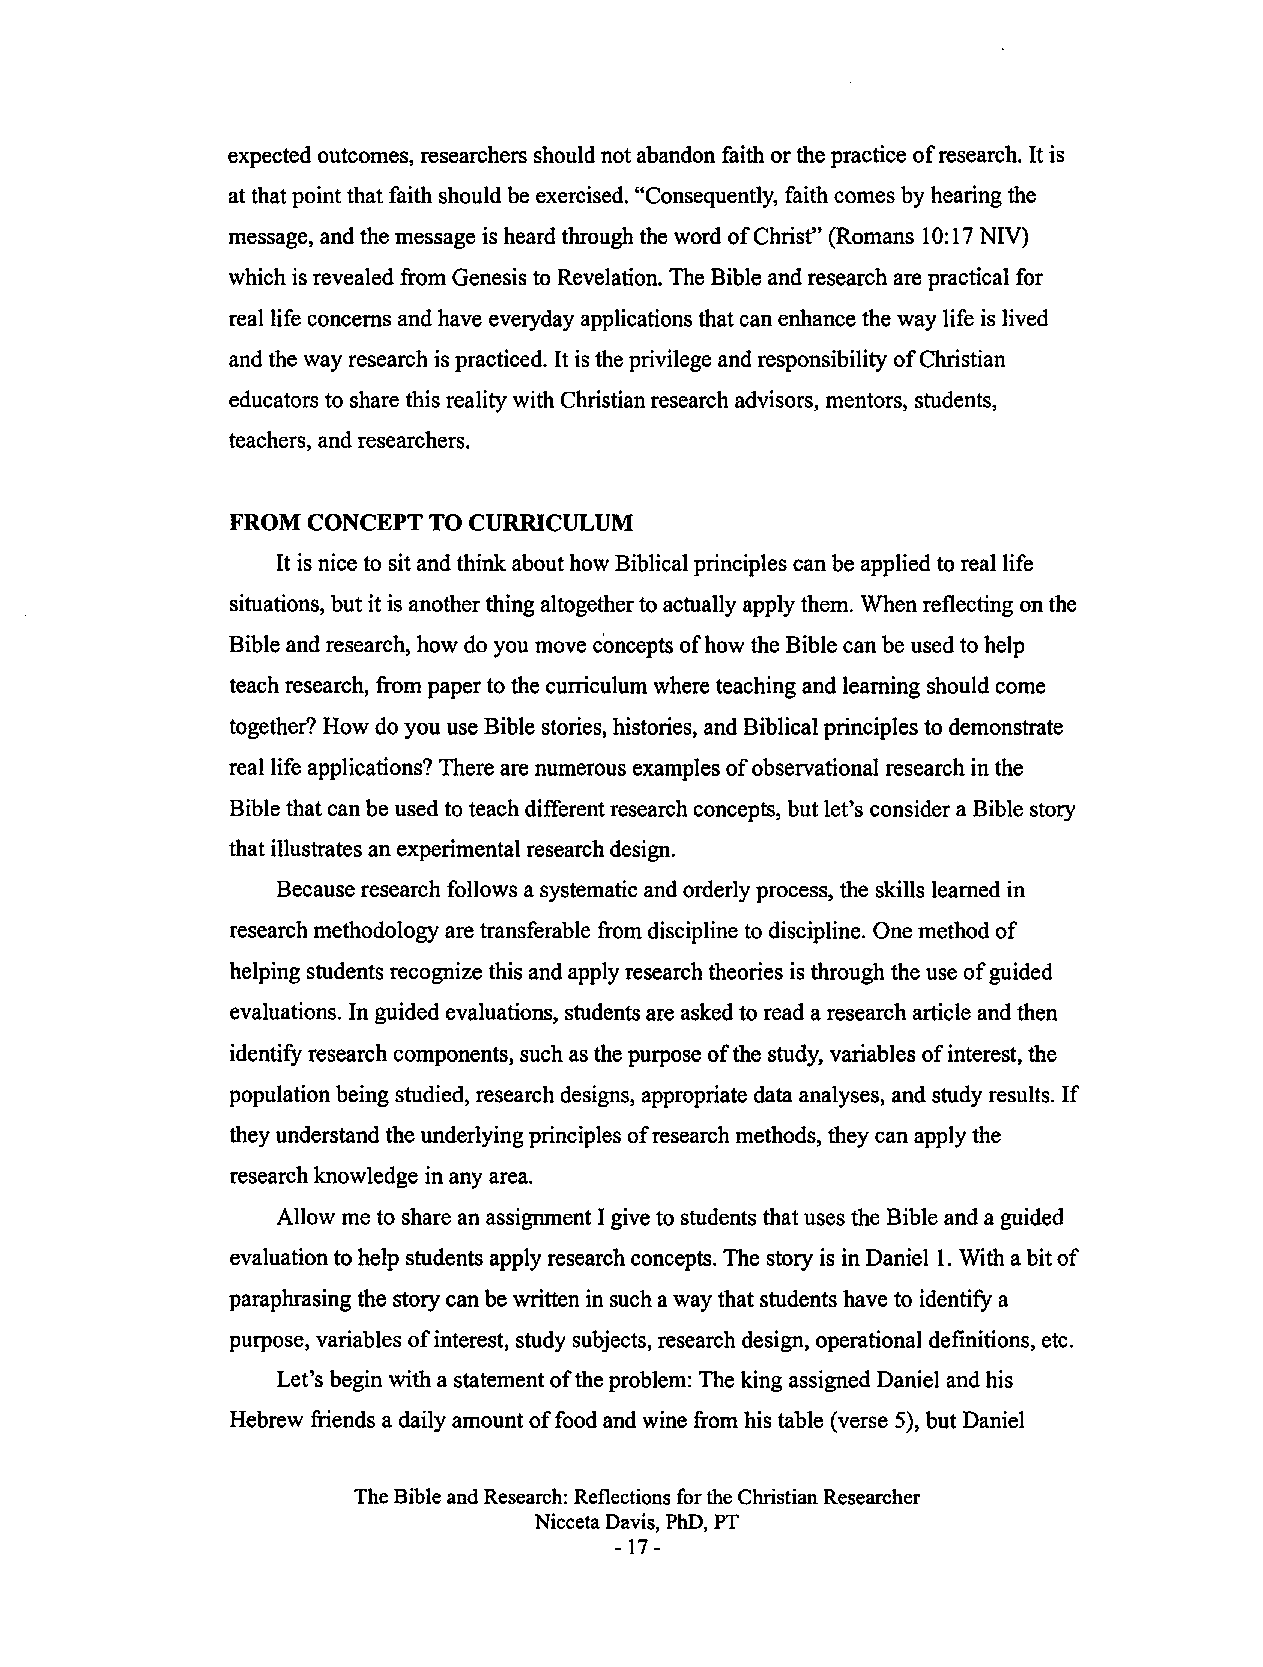
expected outcomes, researchers should not abandon faith or the practice of research. It is
 at that point that faith should be exercised. "Consequently, faith comes by hearing the
 message, and the message is heard through the word of Christ" (Romans 10: 17 NIV)
 which is revealed from Genesis to Revelation. The Bible and research are practical for
 real life concerns and have everyday applications that can enhance the way life is lived
 and the way research is practiced. It is the privilege and responsibility of Christian
 educators to share this reality with Christian research advisors, mentors, students,
 teachers, and researchers.
 FROM  CONCEPT TO CURRICULUM
 It is nice to sit and think about how Biblical principles can be applied to real life
 situations, but it is another thing altogether to actually apply them. When reflecting on the
 Bible and research, how do you move concepts of how the Bible can be used to help
 teach research, from paper to the curriculum where teaching and learning should come
 together? How do you use Bible stories, histories, and Biblical principles to demonstrate
 real life applications? There are numerous examples of observational research in the
 Bible that can be used to teach different research concepts, but let's consider a Bible story
 that illustrates an experimental research design.
 Because research follows a systematic and orderly process, the skills learned in
 research methodology are transferable from discipline to discipline. One method of
 helping students recognize this and apply research theories is through the use of guided
 evaluations. In guided evaluations, students are asked to read a research article and then
 identify research components, such as the purpose of the study, variables of interest, the
 population being studied, research designs, appropriate data analyses, and study results. If
 they understand the underlying principles of research methods, they can apply the
 research knowledge in any area.
 Allow me to share an assignment I give to students that uses the Bible and a guided
 evaluation to help students apply research concepts. The story is in Daniel 1. With a bit of
 paraphrasing the story can be written in such a way that students have to identify a
 purpose, variables of interest, study subjects, research design, operational definitions, etc.
 Let's begin with a statement of the problem: The king assigned Daniel and his
 Hebrew friends a daily amount of food and wine from his table (verse 5), but Daniel
 The Bible and Research: Reflections for the Christian Researcher
 Nicceta Davis, PhD, PT
 - 17-